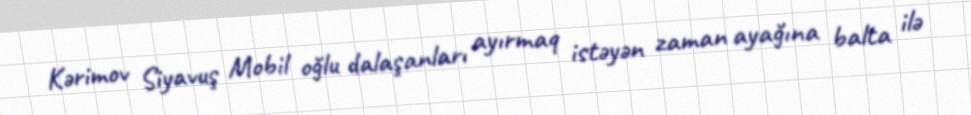
Kərimov Siyavuş Mobil oğlu dalaşanları ayırmaq istəyən zaman ayağına balta ilə